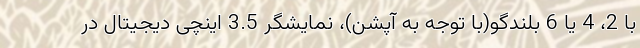
با 2، 4 یا 6 بلندگو(با توجه به آپشن)، نمایشگر 3.5 اینچی دیجیتال در